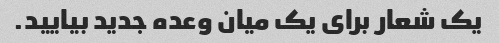
یک شعار برای یک میان وعده جدید بیایید.